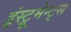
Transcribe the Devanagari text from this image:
इंस्ट्रूमेन्ट्स